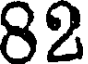
82